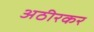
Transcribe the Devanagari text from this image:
अठीरकर